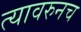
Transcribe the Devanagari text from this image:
त्यावरुनच